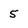
Character: 5